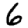
Digit: 6